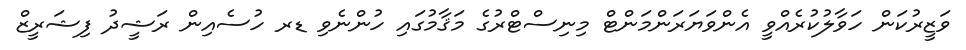
ވަޒީރުކަން ހަވާލުކުރެއްވީ އެންވަޔަރަންމަންޓް މިނިސްޓްރުގެ މަޤާމުގައި ހުންނެވި ޑރ ހުސެއިން ރަޝީދު ފިޝަރީޒް